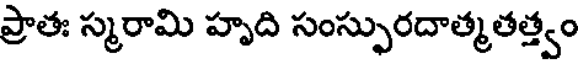
ప్రాతః స్మరామి హృది సంస్ఫురదాత్మతత్త్వం